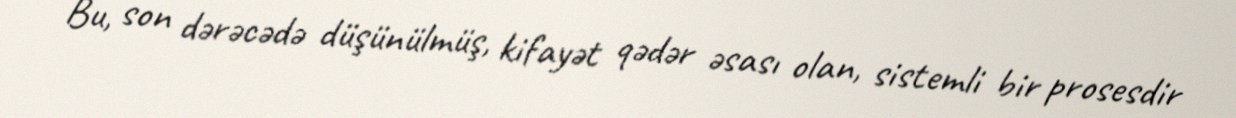
Bu, son dərəcədə düşünülmüş, kifayət qədər əsası olan, sistemli bir prosesdir